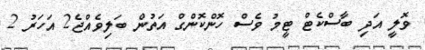
ވޮލީ އަދި ބާސްކެޓް ޓީމު ވެސް ހޮންކޮންގް އަތުން ބަލިވެއްޖެ2 އަހަރު 2